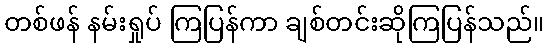
တစ်ဖန် နမ်းရှုပ် ကြပြန်ကာ ချစ်တင်းဆိုကြပြန်သည်။